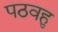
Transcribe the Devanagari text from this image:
पठवहु